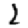
Digit: 2